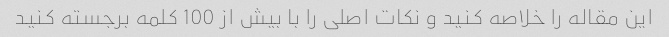
این مقاله را خلاصه کنید و نکات اصلی را با بیش از 100 کلمه برجسته کنید